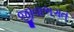
જીવાભગત